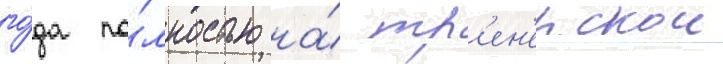
го́да по́лностью на́ тр'ен'ерскои